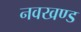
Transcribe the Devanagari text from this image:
नवखण्ड